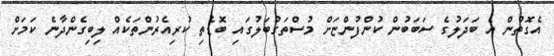
އެގޮތުން އެ ބަދަލުގެ ސަބަބުން ކުންފުންޏަށް މުސްތަގުބަލުގައި ބޮޑެތި ކުރިއެރުންތަކެއް ލިބިގެންދާނެ ކަމަށް